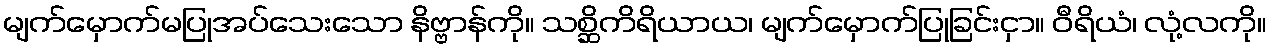
မျက်မှောက်မပြုအပ်သေးသော နိဗ္ဗာန်ကို။ သစ္ဆိကိရိယာယ၊ မျက်မှောက်ပြုခြင်းငှာ။ ဝီရိယံ၊ လုံ့လကို။